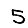
Digit: 5